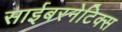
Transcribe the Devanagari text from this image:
साईबरनेटिक्स